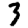
Digit: 3